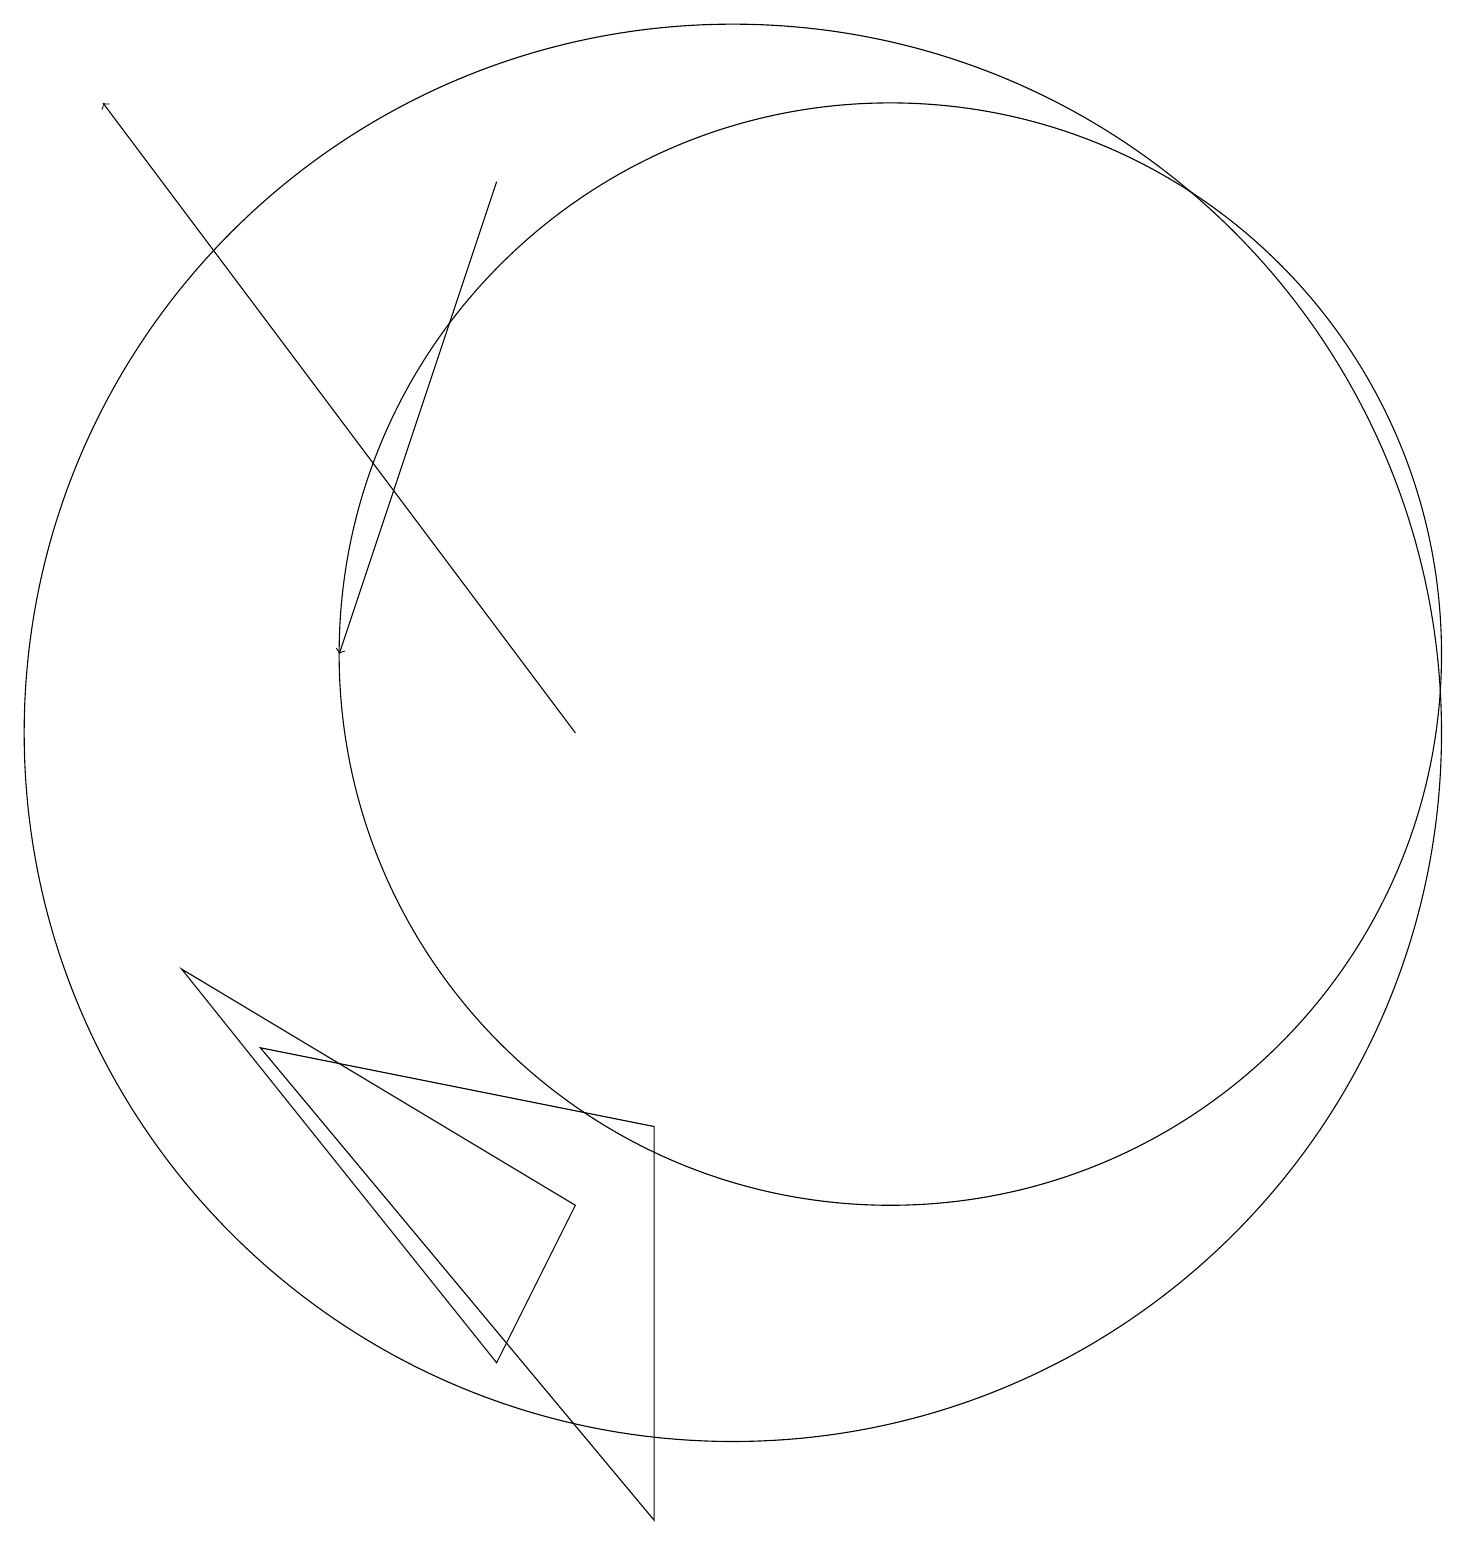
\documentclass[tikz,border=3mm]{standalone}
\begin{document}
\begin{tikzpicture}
\draw (7,2) -- (8,4) -- (3,7) -- cycle;
\draw (10,10) circle (9);
\draw (12,11) circle (7);
\draw[->] (7,17) -- (5,11);
\draw (9,0) -- (9,5) -- (4,6) -- cycle;
\draw[->] (8,10) -- (2,18);
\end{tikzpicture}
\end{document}